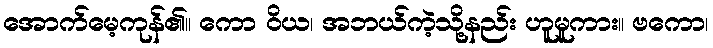
အောက်မေ့ကုန်၏။ ကော ဝိယ၊ အဘယ်ကဲ့သို့နည်း ဟူမူကား။ ဗကော၊